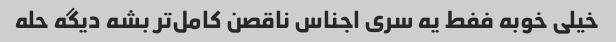
خیلی خوبه ففط یه سری اجناس ناقصن کامل‌تر بشه دیگه حله